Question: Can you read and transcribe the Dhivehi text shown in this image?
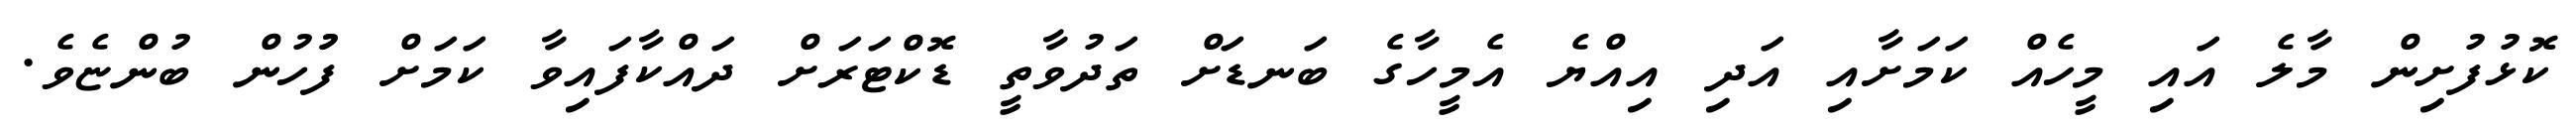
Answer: ކޮޅުފުށިން މާލެ އައި މީހެއް ކަމަށާއި އަދި އިއްޔެ އެމީހާގެ ބަނޑަށް ތަދުވާތީ ޑޮކްޓަރަށް ދައްކާފައިވާ ކަމަށް ފުުހުން ބުންޏެވެ.